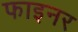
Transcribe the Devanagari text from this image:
फाइनर